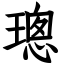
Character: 璁